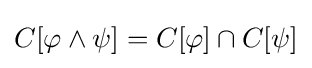
C[\varphi \land \psi ]=C[\varphi ]\cap C[\psi ]